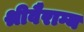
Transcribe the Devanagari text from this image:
श्रीवैराग्य